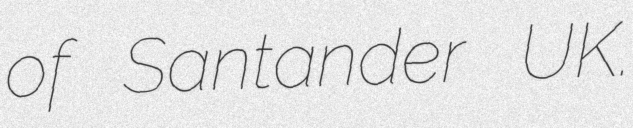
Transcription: of Santander UK.